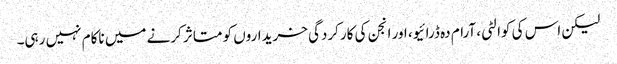
لیکن اس کی کوالٹی، آرام دہ ڈرائیو، اور انجن کی کارکردگی خریداروں کو متاثر کرنے میں ناکام نہیں رہی۔